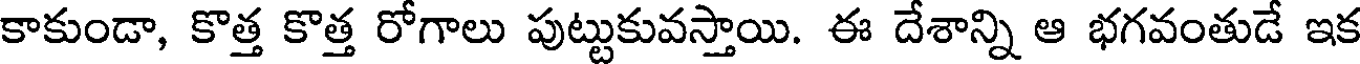
కాకుండా, కొత్త కొత్త రోగాలు పుట్టుకువస్తాయి. ఈ దేశాన్ని ఆ భగవంతుడే ఇక